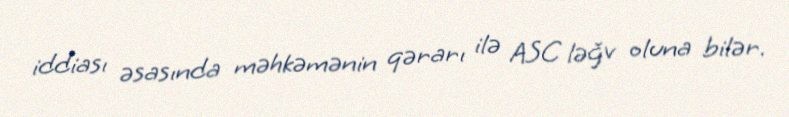
iddiası əsasında məhkəmənin qərarı ilə ASC ləğv oluna bilər.